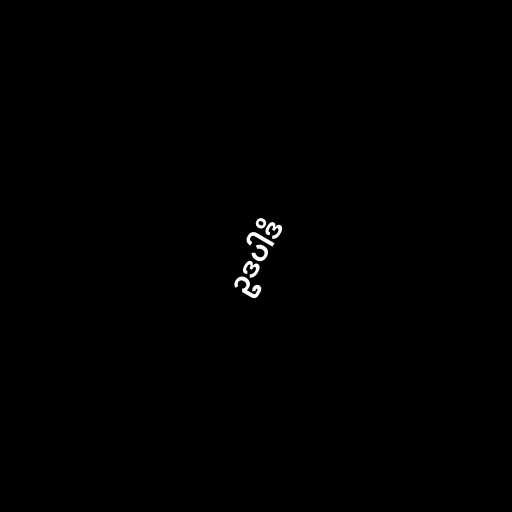
ဥဒပါဒိ